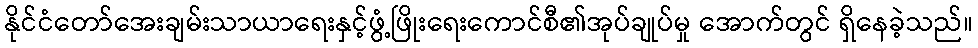
နိုင်ငံတော်အေးချမ်းသာယာရေးနှင့်ဖွံ့ဖြိုးရေးကောင်စီ၏အုပ်ချုပ်မှု အောက်တွင် ရှိနေခဲ့သည်။